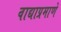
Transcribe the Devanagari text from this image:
वाद्याप्रमाणे